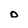
Character: O